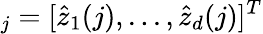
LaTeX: _j=[\hat{z}_{1}(j),...,\hat{z}_{d}(j)]^{T}